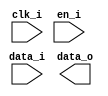
module bsg_dff_en_rep_rep #(parameter blocks_p=0
                            , width_p=0
                            , group_vec_p=0
                            , harden_p=1
                            )
   (input clk_i
    , input en_i
    , input  [width_p-1:0] data_i
    , output [width_p-1:0] data_o
    );
   genvar j;
  for (j = 0; j < blocks_p;j=j+1)
     begin: rof
        localparam group_end_lp   = (group_vec_p >> ((j+1) << 3 )) & 8'hFF;
        localparam group_start_lp = (group_vec_p >> ((j  ) << 3 )) & 8'hFF;
        localparam [31:0] blocks_lp  = group_end_lp-group_start_lp;
        bsg_dff_en #(.width_p(blocks_lp), .harden_p(harden_p)) bde
        (.clk_i
         ,.en_i
         ,.data_i(data_i[group_end_lp-1:group_start_lp])
         ,.data_o(data_o[group_end_lp-1:group_start_lp])
         );
     end
endmodule